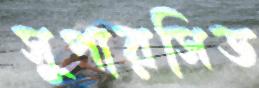
সুপারসিড